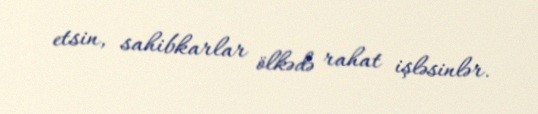
etsin, sahibkarlar ölkədə rahat işləsinlər.